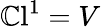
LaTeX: \operatorname{\mathbb{C}l}^{1}=V